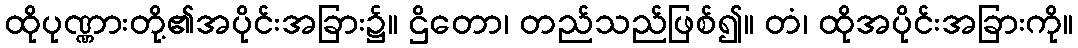
ထိုပုဏ္ဏားတို့၏အပိုင်းအခြား၌။ ဌိတော၊ တည်သည်ဖြစ်၍။ တံ၊ ထိုအပိုင်းအခြားကို။